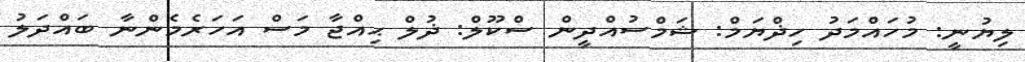
ލިޔުނީ: މުހައްމަދު ހިޛްޔަމް: ޝަމްސުއްދީން ސްކޫލް: ޛުލް ޙިއްޖާ މަސް އަހަރެމެންނާ ބައްދަލު